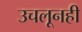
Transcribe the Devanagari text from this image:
उचलूनही